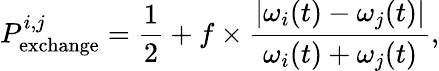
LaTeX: P_{\textrm{exchange}}^{i,j}=\frac{1}{2}+f\times\frac{|\omega_{i}(t)-\omega_{j}(t)|}{\omega_{i}(t)+\omega_{j}(t)},